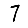
Digit: 7